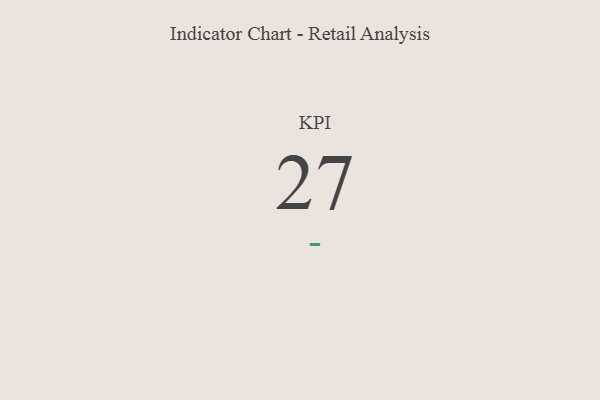
{"axis": {"x": "KPI", "y": "Value"}, "legend": [""], "data": [{"x": "KPI", "y": 27, "type": ""}]}